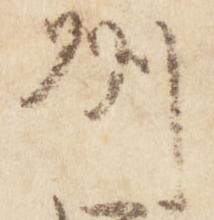
州